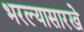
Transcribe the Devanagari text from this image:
भरल्यासारखे